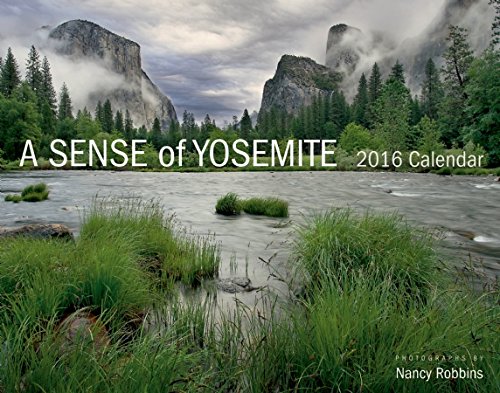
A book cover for A Sense of Yosemite 2016 Calendar; Travel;